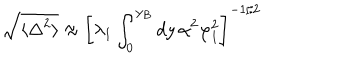
\sqrt { \langle \Delta ^ { 2 } \rangle } \approx \left[ \lambda _ { 1 } \int _ { 0 } ^ { y _ { B } } d y \, \alpha ^ { 2 } \varphi _ { 1 } ^ { 2 } \right] ^ { - 1 / 2 }